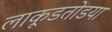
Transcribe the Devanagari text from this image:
लाकूडतोडया